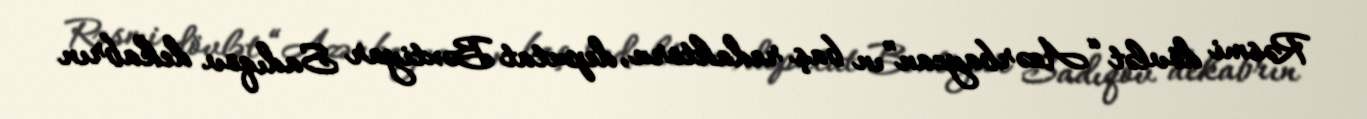
Rəsmi dövlət “Azərbaycan”ın baş redaktoru, deputat Bəxtiyar Sadıqov dekabrın